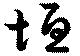
垣